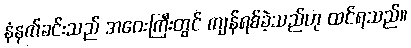
နံနက်ခင်းသည် အဝေးကြီးတွင် ကျန်ရစ်ခဲ့သည်ဟု ထင်ရသည်။